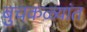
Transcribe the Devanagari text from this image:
बुचकळ्यांत